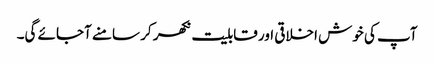
آپ کی خوش اخلاقی اور قابلیت نکھر کر سامنے آجائے گی۔